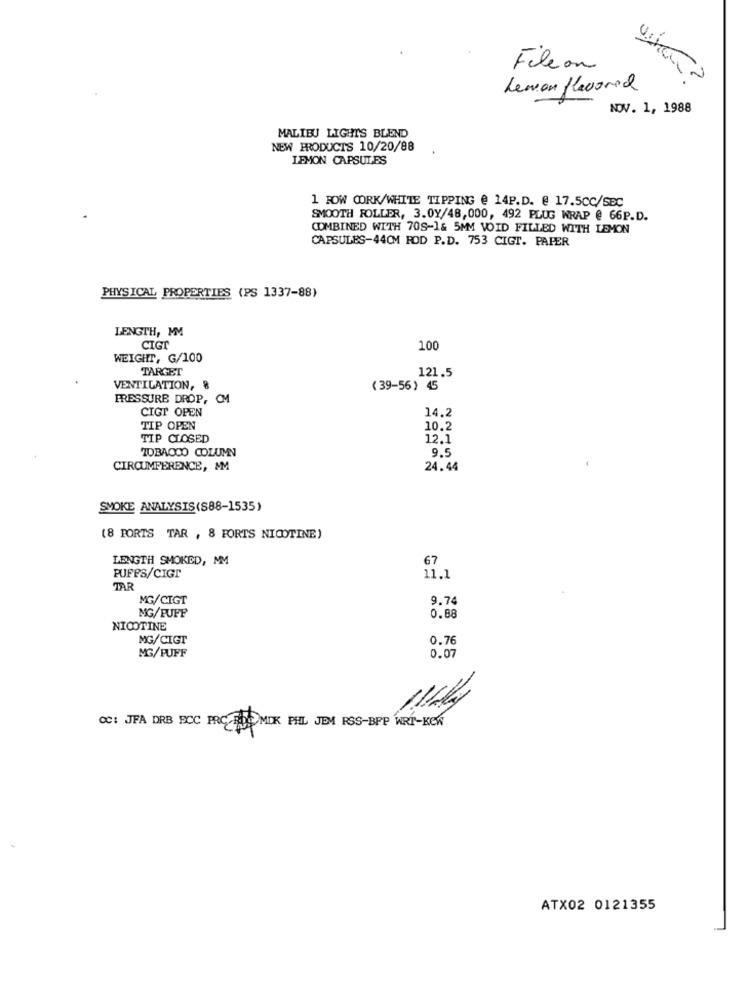
Fileon
Lemon flavored
NOV. 1, 1988
MALIBU LIGHT'S BLEND
NEW PRODUCTS 10/20/88
LEMON CAPSULES
1 ROW CORK/WHITE TIPPING @ 14P.D. @ 17.5CC/SEC
SMOOTH FOLLER, 3.0Y/48,000, 492 PLUG WRAP @ 66P.D.
COMBINED WITH 70S-1& 5MM VOID FILLED WITH LEMON
CAPSULES-44CM ROD P.D. 753 CIGT. PAPER
PHYSICAL PROPERTIES (PS 1337-88)
LENGTH, MM
CIGI
100
WEIGHT, G/100
TARGET
121.5
VENTILATION, 8
(39-56 ) 45
PRESSURE DROP, CM
CIGT OPEN
14.2
TIP OPEN
10.2
TIP CLOSED
12.1
TOBACCO COLUMN
9.5
CIRCUMFERENCE, MM
24.44
SMOKE ANALYSIS(S88-1535)
(8 PORTS TAR , 8 FORTS NICOTINE)
LENGTH SMOKED, MM
67
PUFFS/CIGT
11.1
TAR
MG/CIGT
9.74
0.88
MG/FUFF
NICOTINE
MG/CIGT
0.76
MG/PUFF
0.07
OC: JFA DRB FICC PRC RJ)MDK PHL JEM RSS-BPP WRÍ-KeW
ATX02 0121355